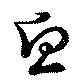
魚